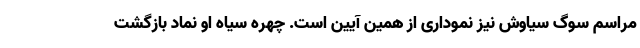
مراسم سوگ سیاوش نیز نموداری از همین آیین است. چهره سیاه او نماد بازگشت